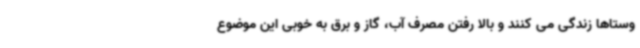
وستاها زندگی می کنند و بالا رفتن مصرف آب، گاز و برق به خوبی این موضوع